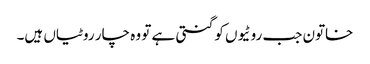
خاتون جب روٹیوں کو گنتی ہے تو وہ چار روٹیاں ہیں۔